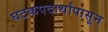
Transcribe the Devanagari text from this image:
घटकपदार्थांपासून